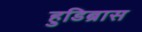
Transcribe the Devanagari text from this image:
हुडिब्रास